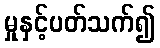
မှုနှင့်ပတ်သက်၍